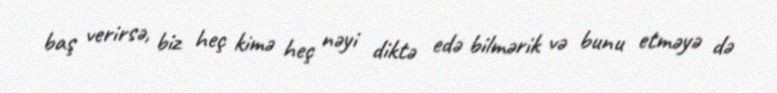
baş verirsə, biz heç kimə heç nəyi diktə edə bilmərik və bunu etməyə də